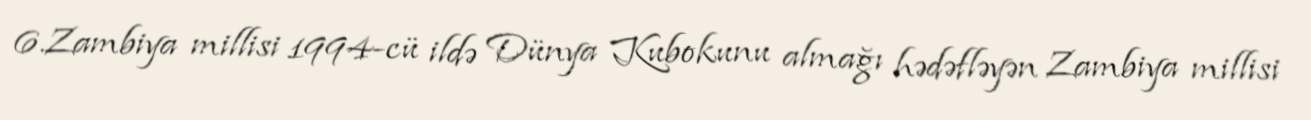
6.Zambiya millisi 1994-cü ildə Dünya Kubokunu almağı hədəfləyən Zambiya millisi